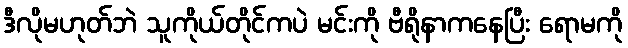
ဒီလိုမဟုတ်ဘဲ သူကိုယ်တိုင်ကပဲ မင်းကို ဗီရိုနာကနေပြီး ရောမကို